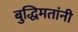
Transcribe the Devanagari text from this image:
बुद्धिमतांनी